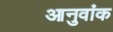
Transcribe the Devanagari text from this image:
आनुवांक